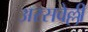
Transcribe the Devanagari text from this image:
अरसवेल्ली